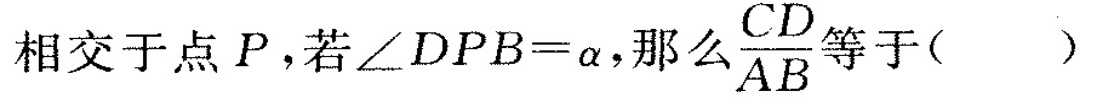
相交于点 P,若∠DPB=a,那么\frac{AB}{CD}等于（）